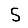
Digit: 5